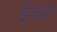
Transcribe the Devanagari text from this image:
ईजवा